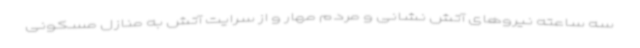
سه ساعته نیروهای آتش نشانی و مردم مهار و از سرایت آتش به منازل مسکونی